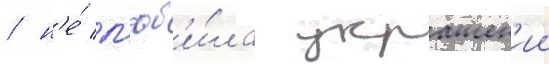
/ н'е́ л'юб'и́ла украшен'ии